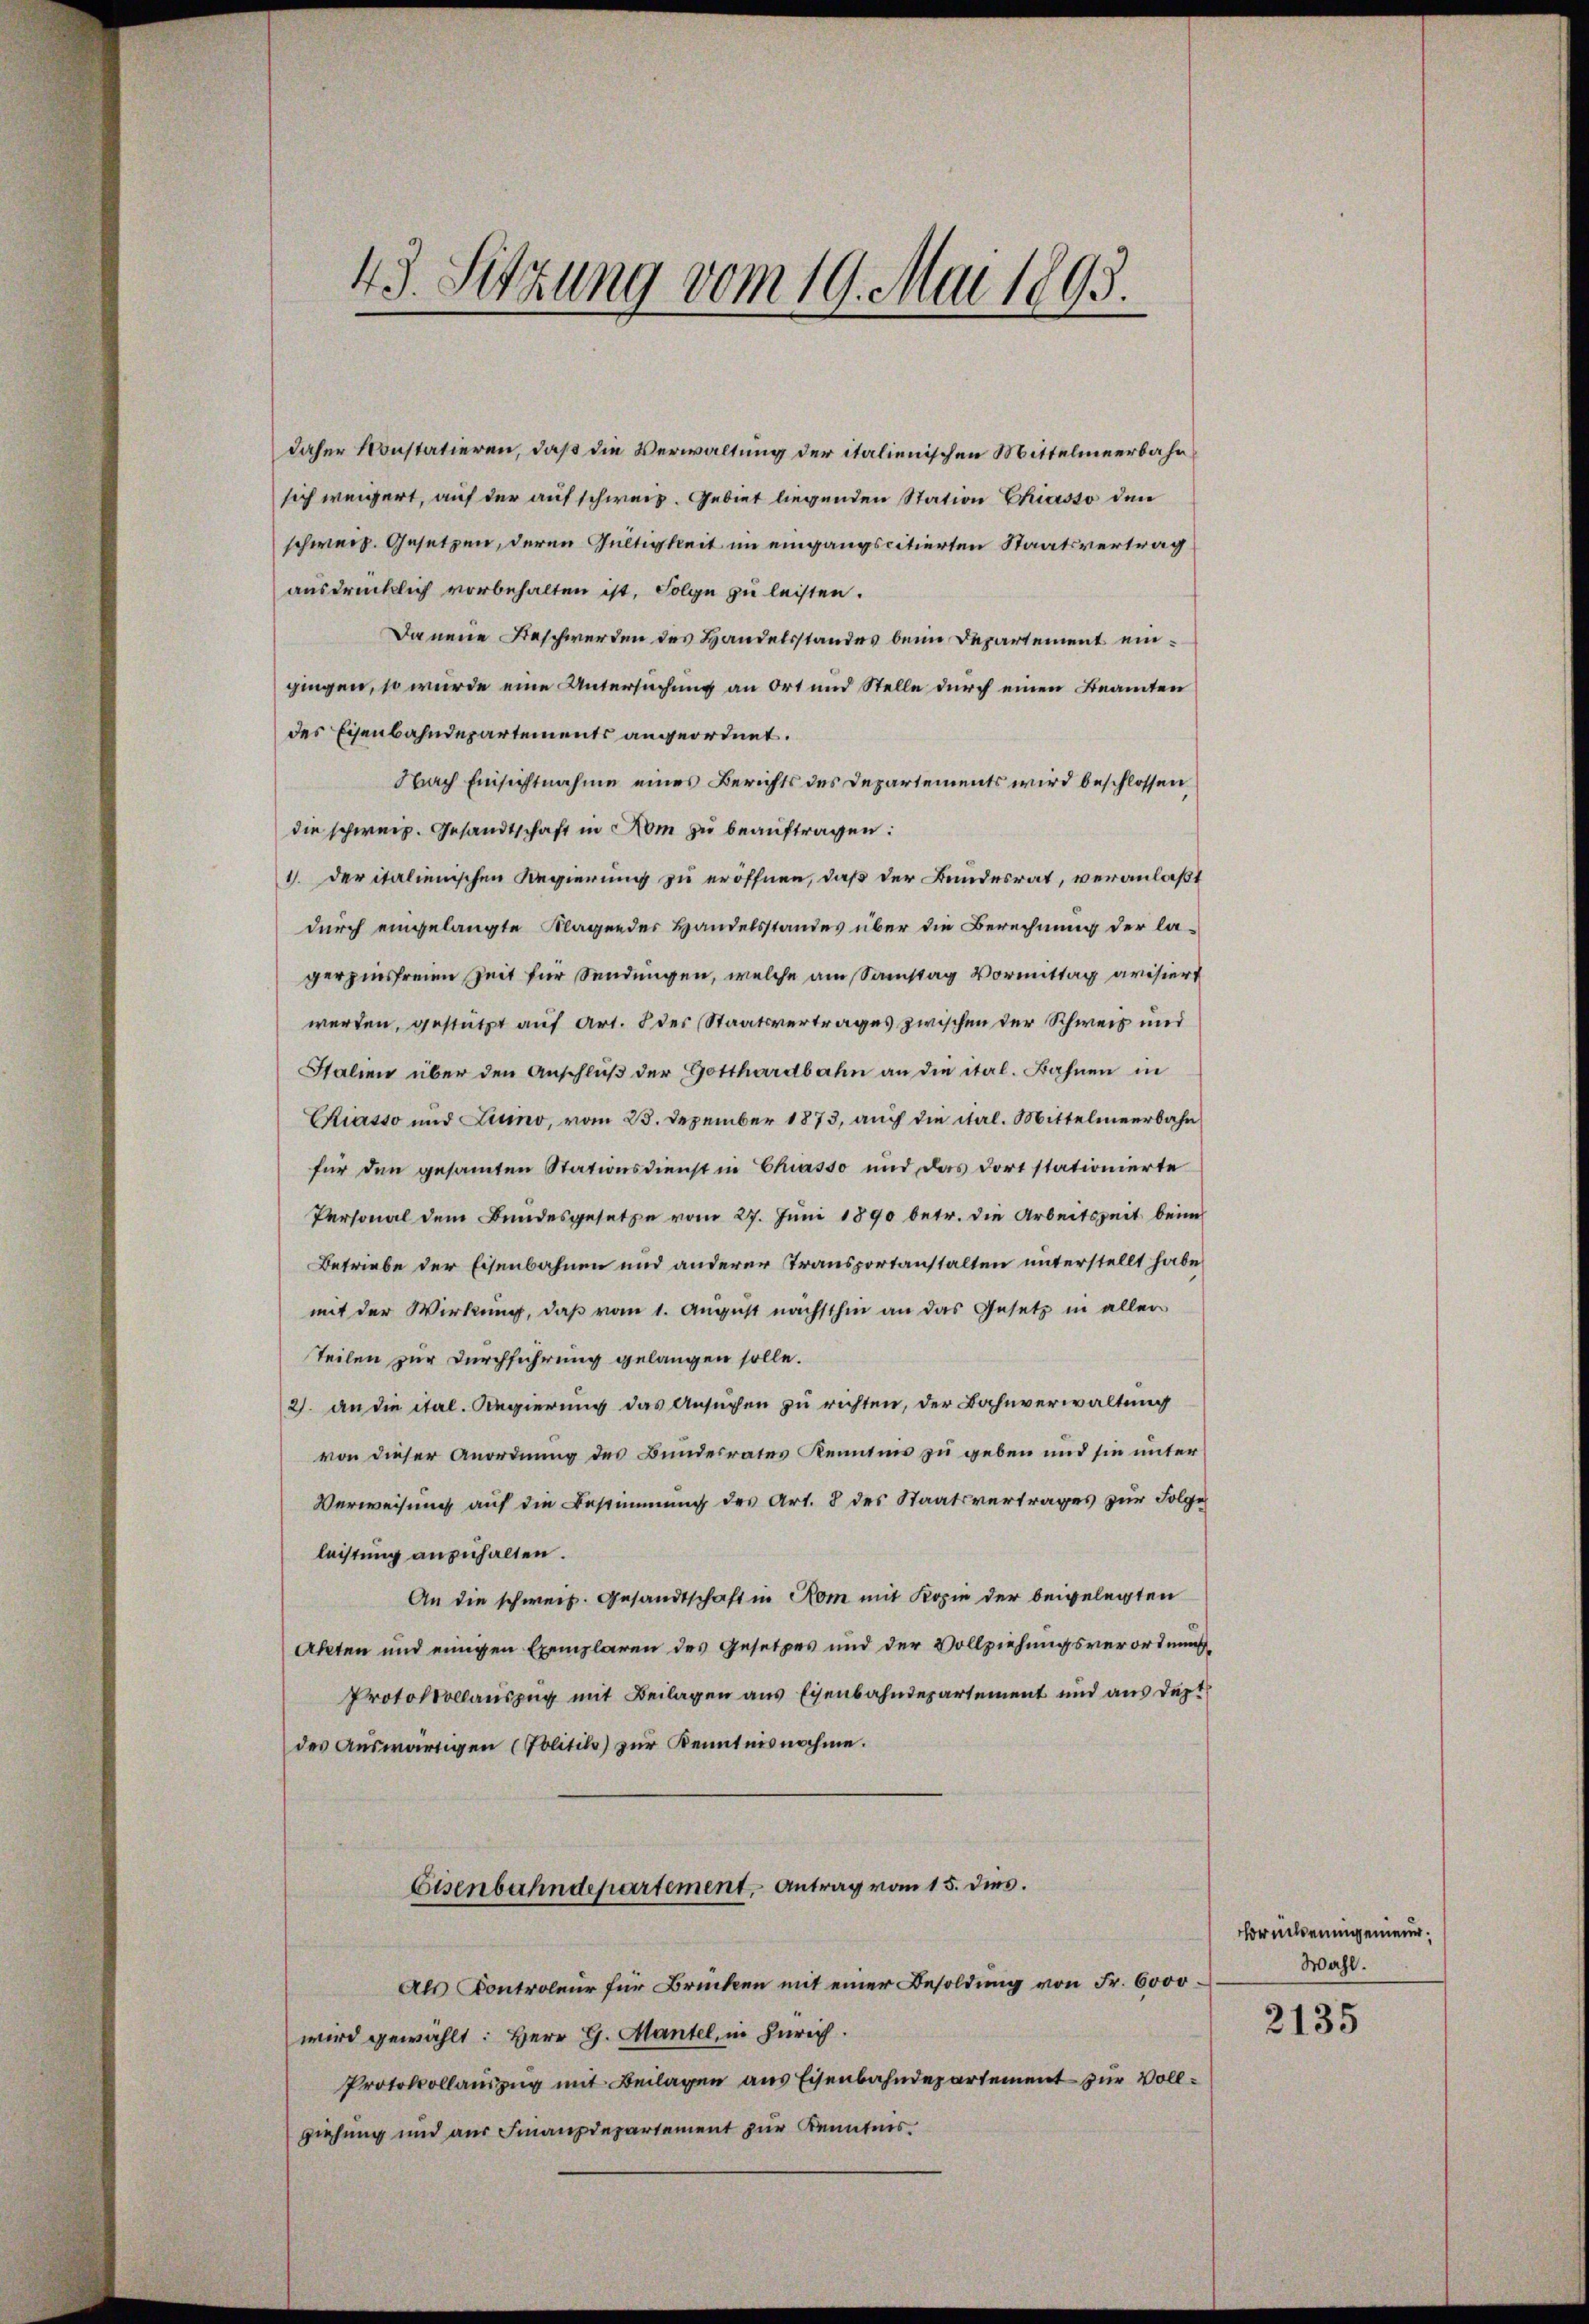
43. Sitzung vom 19. Mai 1893.

daher Konstatieren, daß die Verwaltung der italienischen Mittelmeerbahn
sich weigert, auf der auf schweiz. Gebiet liegenden Station Chiasso den
schweiz. Gesetzen, deren Gültigkeit im eingangscitierten Staatsvertrag
ausdrücklich vorbehalten ist. Folge zu leisten.
da neue Beschwerden des Handelsstandes beim Departement eingingen, so wurde eine Untersuchung an Ort und Stelle durch einen Beamten
des Eisenbahndepartements angeordnet.
Nach Einsichtnahme eines Berichts des Departements wird beschlossen
die schweiz. Gesandtschaft in Rom zu beauftragen:
1. der italienischen Regierung zu eröffnen, daß der Bundesrat, veranlaßt
durch eingelangte Klagender Handelsstandes über die Berechnung der la-
gerzinsfreien Zeit für Sendungen, welche am Samstag Vormittag avisiert
werden, gestützt auf Art. 8 der Staatsvertrages zwischen der Schweiz und
Italien über den Anschlŭβ der Gotthardbahn an die ital. Bahnen in
Chiasso und Luino, vom 23. Dezember 1873, auch die ital. Mittelmeerbahn
für den gesammten Stationsdienst in Chiasso und das dort stationierte
Personal dem Bundesgesetze vom 27. Juni 1890 betr. die Arbeitszeit beim
Betriebe der Eisenbahnen und anderer Transportanstalten unterstellt habe
mit der Wirkung, daß vom 1. August nächsthin an das Gesetz in aller
Teilen zur Durchführung gelangen solle.
2. an die ital. Regierung das Ansuchen zu richten, der Bahnverwaltung
von dieser Anordnung des Bundesrates Kenntnis zu geben und sie unter
Verweisung auf die Bestimmung des Art. 8 des Staatsvertrages zur Folge
leistung anzuhalten.
An die schweiz. Gesandtschaft in Rom mit Kopie der beigelegten
Akten und einigen Exemplaren des Gesetzes und der Vollziehungsverordnung,
Protokollauszug mit Beilagen aus Eisenbahndepartement und aus dept
des Aŭswärtigen (Politiko) zŭr Kenntnisnahme.
Eisenbahndepartement, Antrag vom 15. dies.
Als Controleur für Brücken mit einer Besoldung von Fr. 6000
wird gewählt: Herr G. Mantel, in Zürich.
Protokollauszug mit Beilagen aus Eisenbahndepartement zur Vollziehung und aus Finanzdepartement zur Kenntnis.

Brucheningenieur.
Wahl.

2135